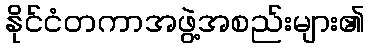
နိုင်ငံတကာအဖွဲ့အစည်းများ၏